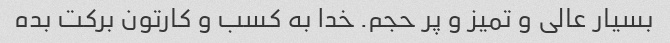
بسیار عالی و تمیز و پر حجم. خدا به کسب و کارتون برکت بده